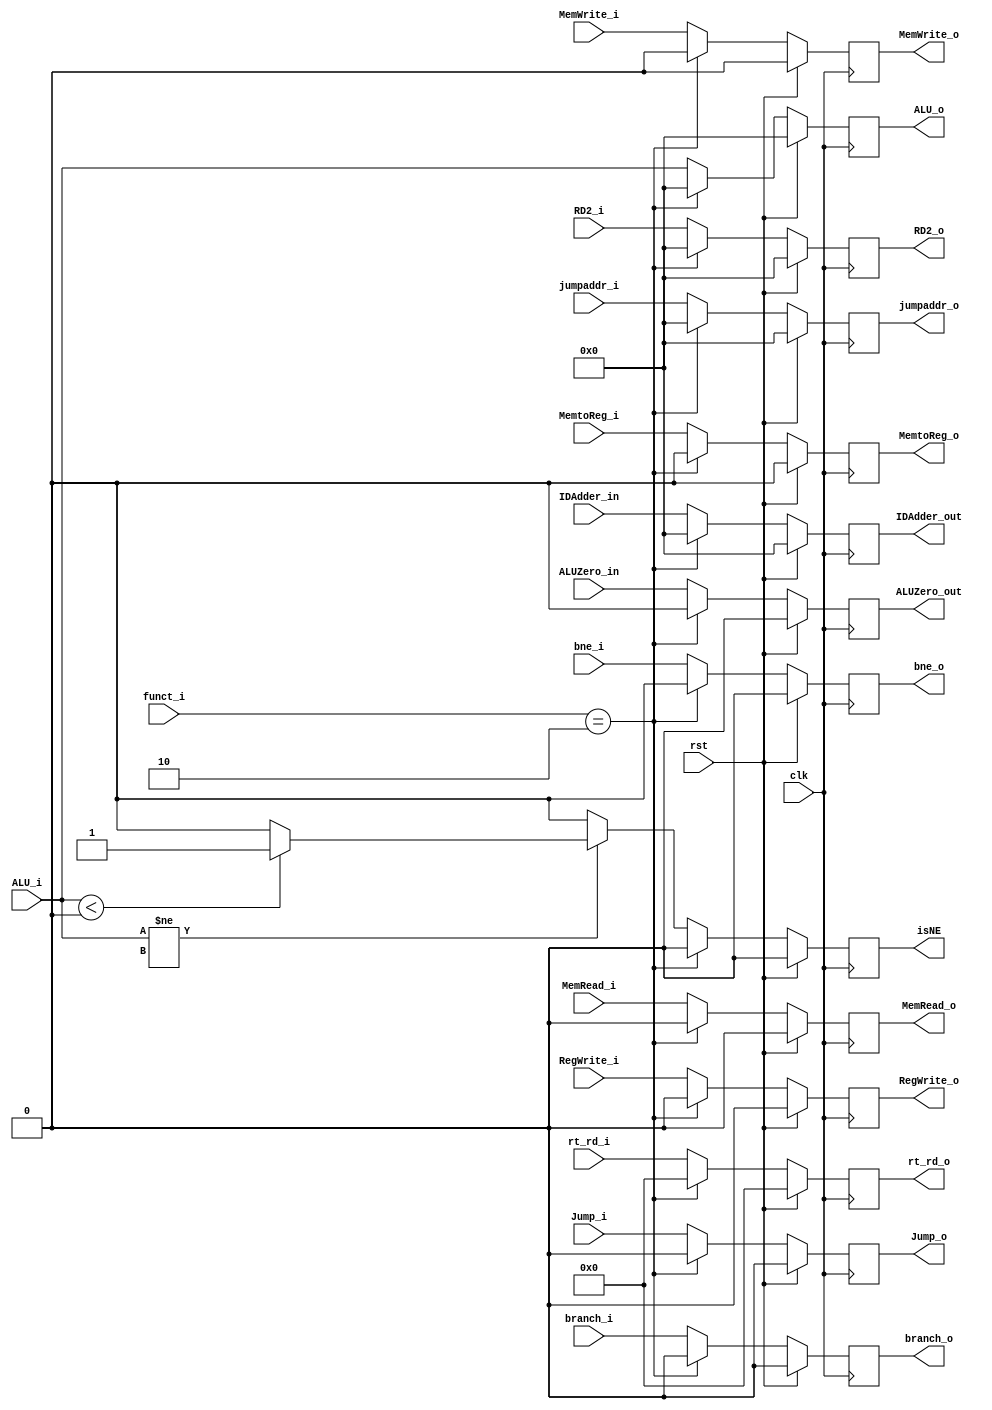
`timescale 1ns/1ns
module EX_MEM( rst, funct_i, clk, MemtoReg_i, RegWrite_i, MemRead_i, MemWrite_i, branch_i, bne_i, IDAdder_in, RD2_i, rt_rd_i, ALU_i, ALUZero_in, Jump_i, jumpaddr_i,
			MemtoReg_o, RegWrite_o, MemRead_o, MemWrite_o, branch_o, bne_o, IDAdder_out, RD2_o, rt_rd_o, ALU_o, ALUZero_out, isNE, Jump_o, jumpaddr_o) ;

	input	rst, clk ;	
	input	 		MemtoReg_i, RegWrite_i, MemRead_i, MemWrite_i, branch_i, bne_i, ALUZero_in, Jump_i; // input 
	
	input[31:0]		IDAdder_in, RD2_i, ALU_i, jumpaddr_i ; 
	input[4:0]		rt_rd_i ;
	input   [5:0]	funct_i;


	output			MemtoReg_o, RegWrite_o, MemRead_o, MemWrite_o, branch_o, bne_o, ALUZero_out, isNE, Jump_o; // output 
	output[31:0]	IDAdder_out, RD2_o,ALU_o, jumpaddr_o ; 
	output[4:0]		rt_rd_o ;


    reg	 		MemtoReg_o, RegWrite_o, MemRead_o, MemWrite_o, branch_o, bne_o, ALUZero_out, isNE, Jump_o; 
	reg[31:0]	IDAdder_out, RD2_o,ALU_o, jumpaddr_o ; 
	reg[4:0]	rt_rd_o ;

	always @( posedge clk ) begin
	
		if (rst) begin
			MemtoReg_o <= 1'd0 ;	
			RegWrite_o <= 1'd0 ;	
			MemRead_o <= 1'd0 ;	
			MemWrite_o <= 1'd0 ;
			branch_o <= 1'd0 ;
			bne_o <= 1'd0 ; 
			IDAdder_out <= 32'd0 ;
			ALUZero_out <= 1'd0 ;
			isNE <= 1'd0 ; 
			ALU_o <= 32'd0 ;
			RD2_o <= 32'd0 ;
			rt_rd_o <= 5'd0 ;
			Jump_o <= 1'd0 ;
			jumpaddr_o <= 32'd0 ;
		end

		else begin 
		
			if ( funct_i == 6'd2 ) begin
				MemtoReg_o <= 1'd0 ;	
				RegWrite_o <= 1'd0 ;	
				MemRead_o <= 1'd0 ;	
				MemWrite_o <= 1'd0 ;
				branch_o <= 1'd0 ;
				bne_o <= 1'd0 ; 
				IDAdder_out <= 32'd0 ;
				ALUZero_out <= 1'd0 ;
				isNE <= 1'd0 ; 
				ALU_o <= 32'd0 ;
				RD2_o <= 32'd0 ;
				rt_rd_o <= 5'd0 ;
				Jump_o <= 1'd0 ;
				jumpaddr_o <= 32'd0 ;
			end
			else begin
				if ( ALU_i != 32'dx ) begin
					if ( ALU_i < 0 ) 	
						isNE <= 1'd1 ; 
					else 				
						isNE <= 1'd0 ;
				end
				else 
					isNE <= 1'd0 ;

				MemtoReg_o <= MemtoReg_i ;	
				RegWrite_o <= RegWrite_i ;	
				MemRead_o <= MemRead_i ;	
				MemWrite_o <= MemWrite_i ;	
				branch_o <= branch_i ;
				bne_o <= bne_i ; 
				IDAdder_out <= IDAdder_in ;
				ALUZero_out <= ALUZero_in ;
				ALU_o <= ALU_i ;
				RD2_o <= RD2_i ;
				rt_rd_o <= rt_rd_i ;				
				Jump_o <= Jump_i ;
				jumpaddr_o <= jumpaddr_i ;
				
			end


		end

	end

endmodule